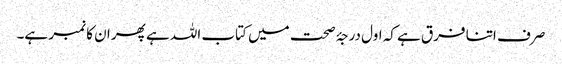
صرف اتنا فرق ہے کہ اول درجۂ صحت میں کتاب اللہ ہے پھر ان کا نمبر ہے۔